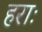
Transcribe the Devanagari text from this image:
हराः